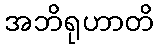
အဘိရုဟာတိ